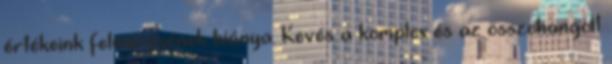
értékeink felmérésének hiánya. Kevés a komplex és az összehangolt